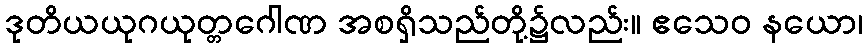
ဒုတိယယုဂယုတ္တဂေါဏ အစရှိသည်တို့၌လည်း။ ဧသေဝ နယော၊